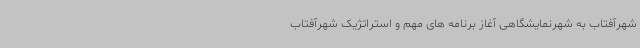
شهرآفتاب به شهرنمایشگاهی آغاز برنامه های مهم و استراتژیک شهرآفتاب